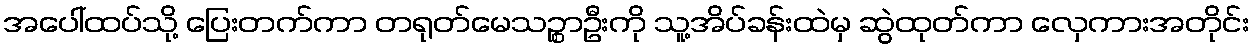
အပေါ်ထပ်သို့ ပြေးတက်ကာ တရုတ်မေသဉ္စာဦးကို သူ့အိပ်ခန်းထဲမှ ဆွဲထုတ်ကာ လှေကားအတိုင်း